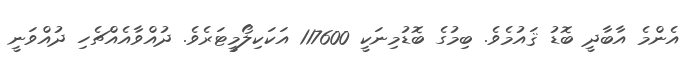
އެންމެ އާބާދީ ބޮޑު ޤައުމެވެ. ބިމުގެ ބޮޑުމިނަކީ 117600 އަކަކިލޯމީޓަރެވެ. ދުއްވާއެއްޗެހި ދުއްވަނީ